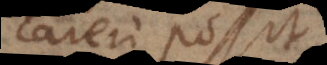
careri possit,